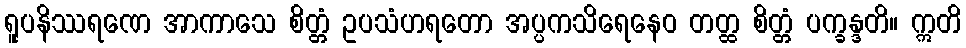
ရူပနိဿရဏေ အာကာသေ စိတ္တံ ဥပသံဟရတော အပ္ပကသိရေနေဝ တတ္ထ စိတ္တံ ပက္ခန္ဒတိ။ ဣတိ